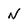
Character: N